Scottish Leaving Certificate Examination, 1960
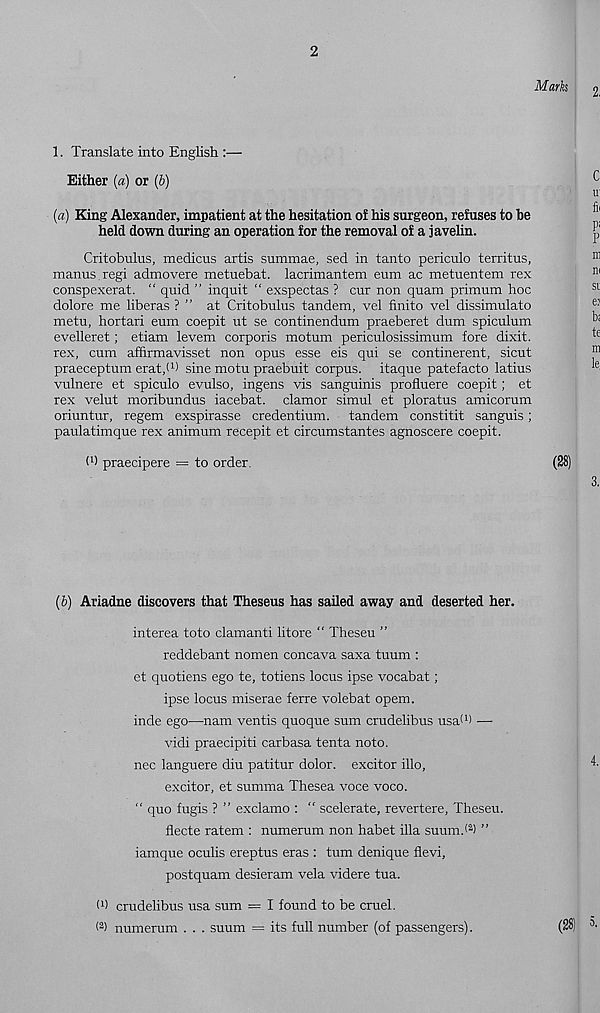
2
Marks
1. Translate into English :—
Either (a) or (&)
(a) King Alexander, impatient at the hesitation of his surgeon, refuses to be
held down during an operation for the removal of a javelin.
Critobulus, medicus artis summae, sed in tanto periculo territus,
manus.regi admovere metuebat. lacrimantem eum ac metuentem rex
conspexerat. “ quid ” inquit “ exspectas ? cur non quam primum hoc
dolore me liberas ? ” at Critobulus tandem, vel finite vel dissimulate
metu, hortari eum coepit ut se continendum praeberet dum spiculum
evelleret; etiam levem corporis motum periculosissimum fore dixit,
rex, cum affirmavisset non opus esse eis qui se continerent, sicut
praeceptum erat/ 1 ) sine motu praebuit corpus, itaque patefacto latius
vulnere et spiculo evulso, ingens vis sanguinis profluere coepit; et
rex velut moribundus iacebat. clamor simul et ploratus amicorum
oriuntur, regem exspirasse credentium. tandem constitit sanguis;
paulatimque rex animum recepit et circumstantes agnoscere coepit.
d) praecipere = to order.
(28)
(b) Ariadne discovers that Theseus has sailed away and deserted her.
interea toto clamanti litore “ Theseu ”
reddebant nomen concava saxa tuum :
et quotiens ego te, totiens locus ipse vocabat;
ipse locus miserae ferre volebat opem.
inde ego—nam ventis quoque sum crudelibus usa* 1 ) —•
vidi praecipiti carbasa tenta noto.
nec languere diu patitur dolor, excitor illo,
excitor, et summa Thesea voce voco.
“ quo fugis ? ” exclamo : “ scelerate, revertere, Theseu.
fiecte ratem : numerum non habet ilia suumd 2 ) ”
iamque oculis ereptus eras : turn denique fievi,
postquam desieram vela videre tua.
d) crudelibus usa sum = I found to be cruel.
< 2 ) numerum . . . suum = its full number (of passengers).
(28)